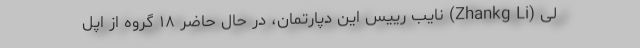
لی (Zhankg Li) نایب رییس این دپارتمان، در حال حاضر ۱۸ گروه از اپل